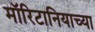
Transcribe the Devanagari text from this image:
मॉरिटानियाच्या